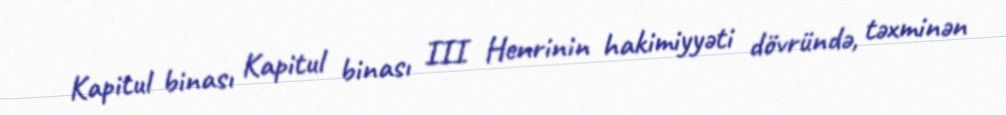
Kapitul binası Kapitul binası III Henrinin hakimiyyəti dövründə, təxminən